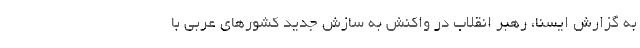
به گزارش ایسنا، رهبر انقلاب در واکنش به سازش جدید کشورهای عربی با